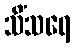
သိံသရေ